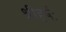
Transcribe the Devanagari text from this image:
श्रीहर्षः